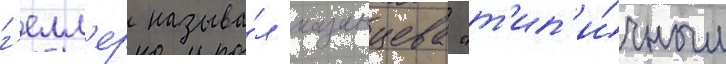
г'елл'ер называ́л казанцева "т'ип'и́чным